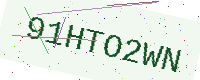
Text: 91HTO2WN